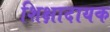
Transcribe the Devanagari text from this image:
शिक्षादायक